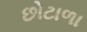
છોટાળા